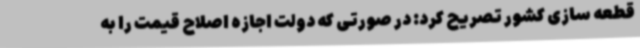
قطعه سازی کشور تصریح کرد: در صورتی که دولت اجازه اصلاح قیمت را به